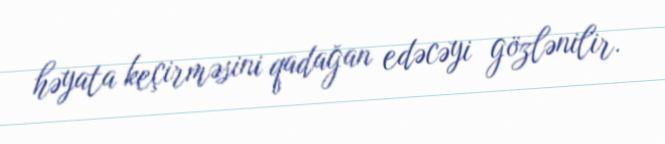
həyata keçirməsini qadağan edəcəyi gözlənilir.